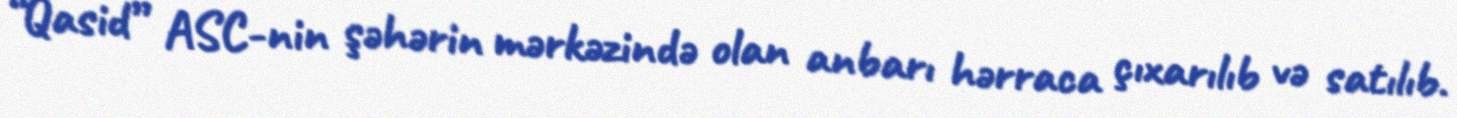
“Qasid” ASC-nin şəhərin mərkəzində olan anbarı hərraca çıxarılıb və satılıb.